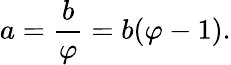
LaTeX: a={\frac{b}{\varphi}}=b(\varphi-1).